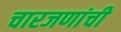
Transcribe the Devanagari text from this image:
चारजणांची